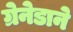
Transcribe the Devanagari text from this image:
ग्रेनेडाने